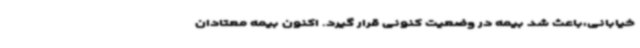
خیابانی،باعث شد بیمه در وضعیت کنونی قرار گیرد. اکنون بیمه معتادان